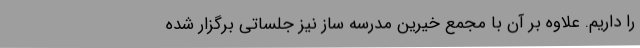
را داریم. علاوه بر آن با مجمع خیرین مدرسه ساز نیز جلساتی برگزار شده